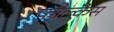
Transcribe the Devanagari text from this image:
फौल्केस